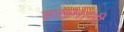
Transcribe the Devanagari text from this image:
हख़्मानी